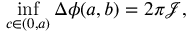
\operatorname* { i n f } _ { c \in ( 0 , a ) } \Delta \phi ( a , b ) = 2 \pi \mathcal { J } ,